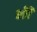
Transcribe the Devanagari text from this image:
भीॉ